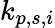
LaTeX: k_{p,s,i}